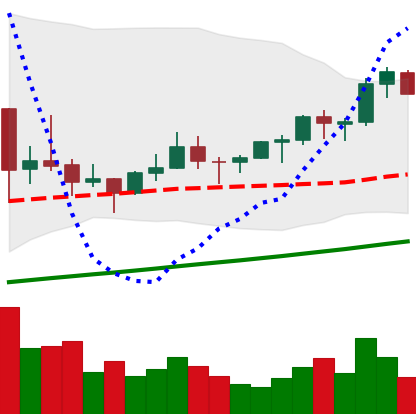
Ticker: LTC-USD
Chart end date: 2021-03-14
Forward return: -6.611%
Label: down_5_7